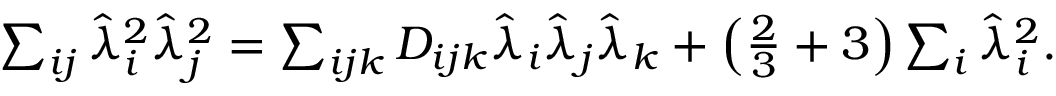
\begin{array} { r } { \sum _ { i j } \hat { \lambda } _ { i } ^ { 2 } \hat { \lambda } _ { j } ^ { 2 } = \sum _ { i j k } D _ { i j k } \hat { \lambda } _ { i } \hat { \lambda } _ { j } \hat { \lambda } _ { k } + \left( \frac { 2 } { 3 } + 3 \right) \sum _ { i } \hat { \lambda } _ { i } ^ { 2 } . } \end{array}